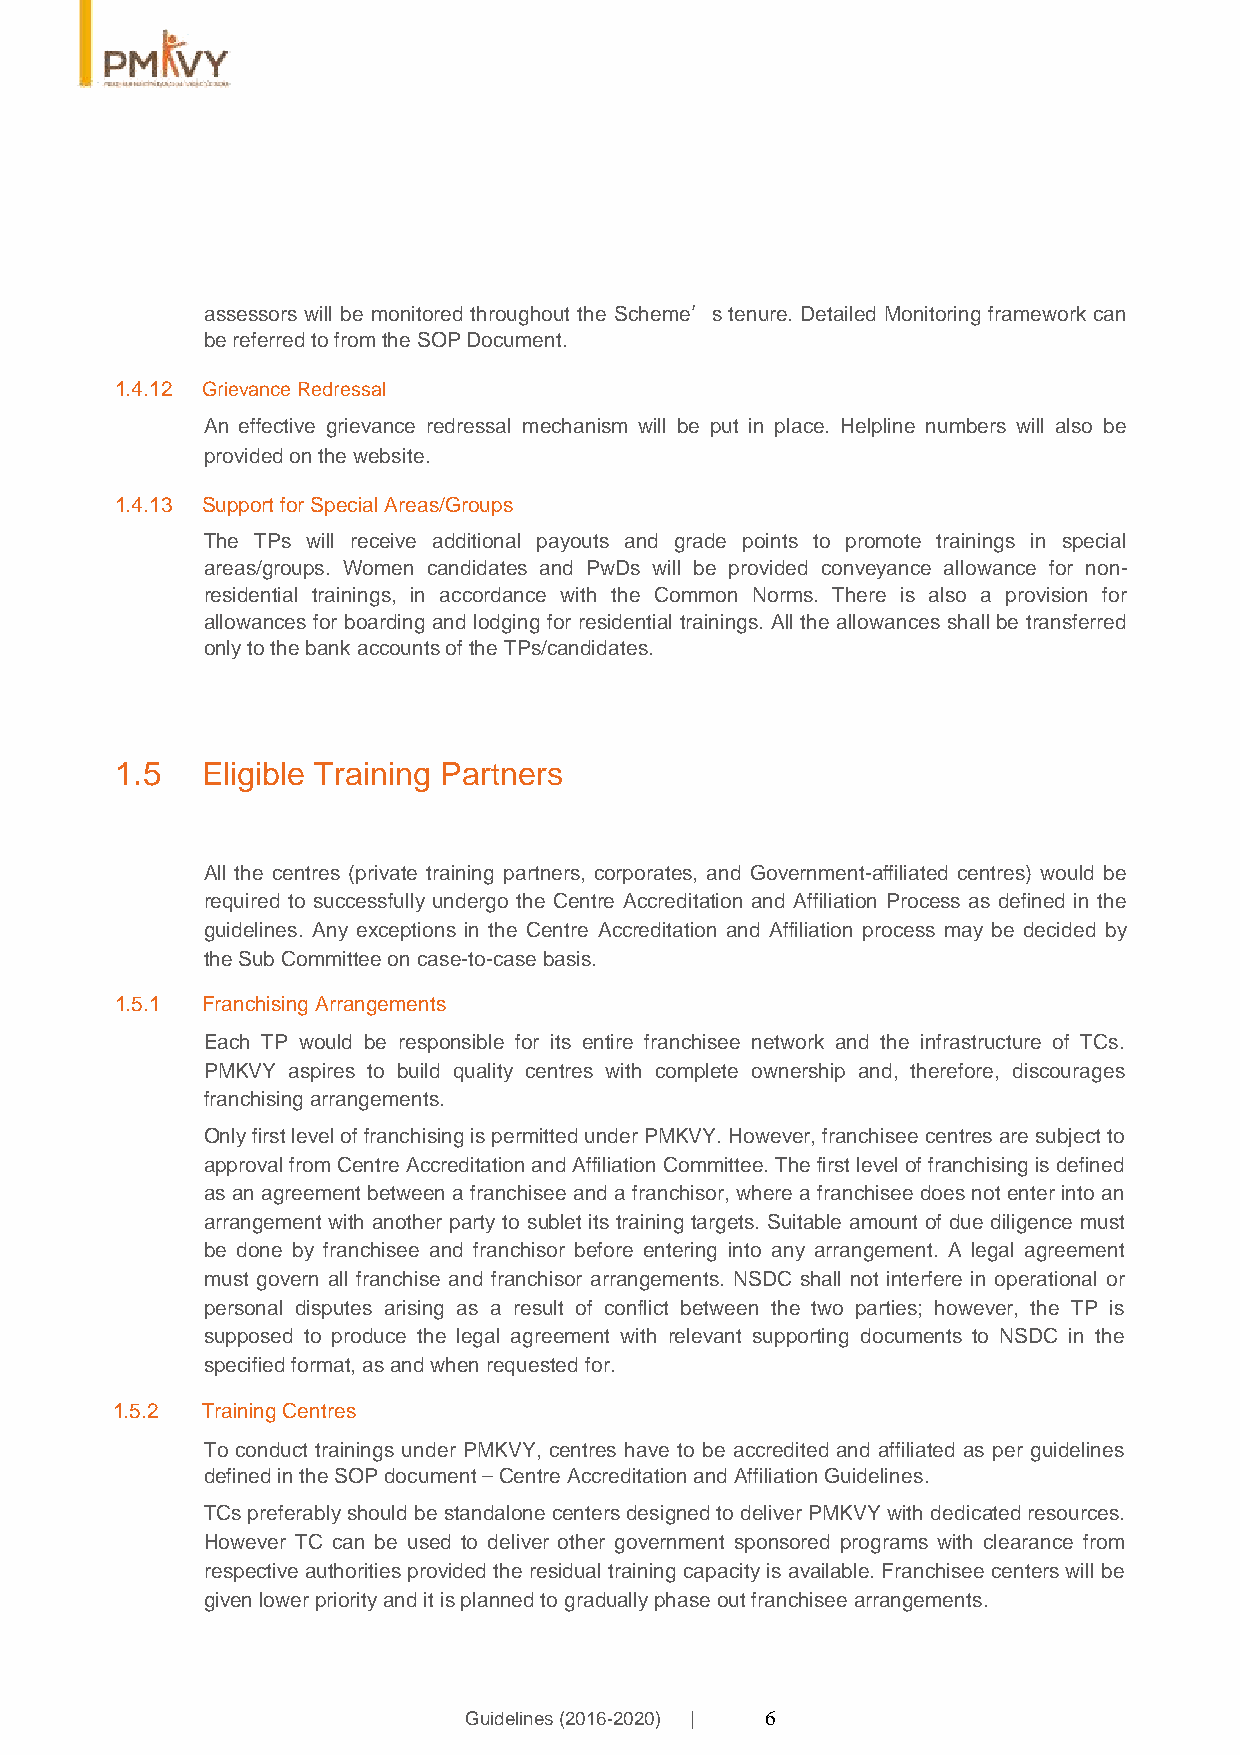
assessors will be monitored throughout the Scheme’s tenure. Detailed Monitoring framework can
 be referred to from the SOP Document.
 1.4.12 Grievance Redressal
 An effective grievance redressal mechanism will be put in place. Helpline numbers will also be
 provided on the website.
 1.4.13 Support for Special Areas/Groups
 The TPs will receive additional payouts and grade points to promote trainings in special
 areas/groups. Women candidates and PwDs will be provided conveyance allowance for non-
 residential trainings, in accordance with the Common Norms. There is also a provision for
 allowances for boarding and lodging for residential trainings. All the allowances shall be transferred
 only to the bank accounts of the TPs/candidates.
 1.5  Eligible Training Partners
 All the centres (private training partners, corporates, and Government-affiliated centres) would be
 required to successfully undergo the Centre Accreditation and Affiliation Process as defined in the
 guidelines. Any exceptions in the Centre Accreditation and Affiliation process may be decided by
 the Sub Committee on case-to-case basis.
 1.5.1 Franchising Arrangements
 Each TP would be responsible for its entire franchisee network and the infrastructure of TCs.
 PMKVY aspires to build quality centres with complete ownership and, therefore, discourages
 franchising arrangements.
 Only first level of franchising is permitted under PMKVY. However, franchisee centres are subject to
 approval from Centre Accreditation and Affiliation Committee. The first level of franchising is defined
 as an agreement between a franchisee and a franchisor, where a franchisee does not enter into an
 arrangement with another party to sublet its training targets. Suitable amount of due diligence must
 be done by franchisee and franchisor before entering into any arrangement. A legal agreement
 must govern all franchise and franchisor arrangements. NSDC shall not interfere in operational or
 personal disputes arising as a result of conflict between the two parties; however, the TP is
 supposed to produce the legal agreement with relevant supporting documents to NSDC in the
 specified format, as and when requested for.
 1.5.2 Training Centres
 To conduct trainings under PMKVY, centres have to be accredited and affiliated as per guidelines
 defined in the SOP document – Centre Accreditation and Affiliation Guidelines.
 TCs preferably should be standalone centers designed to deliver PMKVY with dedicated resources.
 However TC can be used to deliver other government sponsored programs with clearance from
 respective authorities provided the residual training capacity is available. Franchisee centers will be
 given lower priority and it is planned to gradually phase out franchisee arrangements.
 Guidelines (2016-2020) | 6